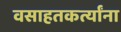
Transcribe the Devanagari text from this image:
वसाहतकर्त्यांना